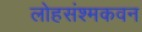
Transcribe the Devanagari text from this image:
लोहसंश्मकवन